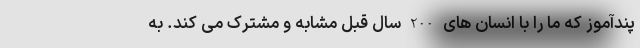
پندآموز که ما را با انسان های 200 سال قبل مشابه و مشترک می کند. به